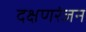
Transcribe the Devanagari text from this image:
दक्षणरंजन